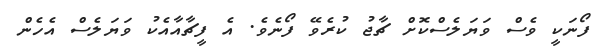
ފޯނަކީ ވެސް ވަޔަލެސްކޮށް ޗާޖު ކުރެވޭ ފޯނެވެ. އެ ފީޗާއާއެކު ވަޔަލެސް އެހެން